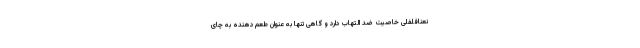
نعنافلفلی خاصیت ضد التهاب دارد و گاهی تنها به عنوان طعم دهنده به چای